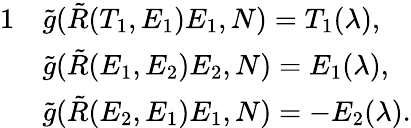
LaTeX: \begin{array}{rl}{{1}}&{\tilde{g}(\tilde{R}(T_{1},E_{1})E_{1},N)=T_{1}(\lambda),}\\ &{\tilde{g}(\tilde{R}(E_{1},E_{2})E_{2},N)=E_{1}(\lambda),}\\ &{\tilde{g}(\tilde{R}(E_{2},E_{1})E_{1},N)=-E_{2}(\lambda).}\end{array}